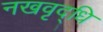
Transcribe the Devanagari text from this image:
नखवृद्धि